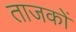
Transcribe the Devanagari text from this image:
ताजकों